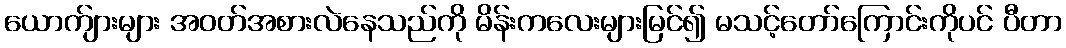
ယောက်ျားများ အဝတ်အစားလဲနေသည်ကို မိန်းကလေးများမြင်၍ မသင့်တော်ကြောင်းကိုပင် ပီတာ